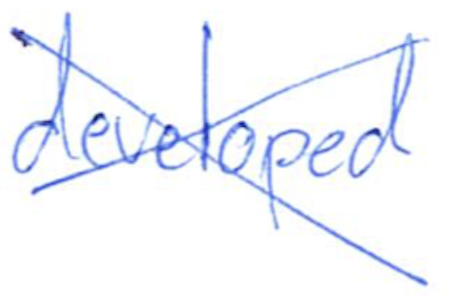
Text: developed
Cross-out: mix
Writing tool: ballpoint